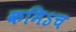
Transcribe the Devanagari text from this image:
कमिऽच